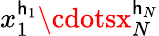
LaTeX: x_{1}^{\mathsf{h}_{1}}\cdotsx_{N}^{\mathsf{h}_{N}}